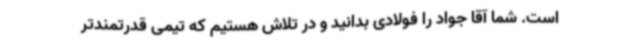
است. شما آقا جواد را فولادی بدانید و در تلاش هستیم که تیمی قدرتمندتر